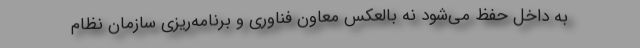
به داخل حفظ می‌شود نه بالعکس معاون فناوری و برنامه‌ریزی سازمان نظام